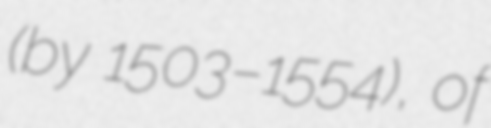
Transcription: (by 1503–1554), of